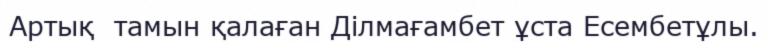
Артық  тамын қалаған Ділмағамбет ұста Есембетұлы.